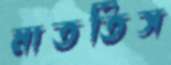
মাততিস